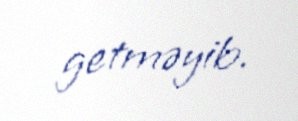
getməyib.